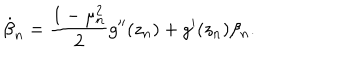
LaTeX: \dot { \beta } _ { n } = \frac { 1 - \mu _ { n } ^ { 2 } } { 2 } g ^ { \prime \prime } ( z _ { n } ) + g ^ { \prime } ( z _ { n } ) \beta _ { n } .